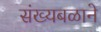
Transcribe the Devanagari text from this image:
संख्यबळाने